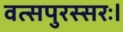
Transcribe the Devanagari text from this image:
वत्सपुरस्सरः।